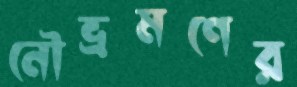
নৌভ্রমণের